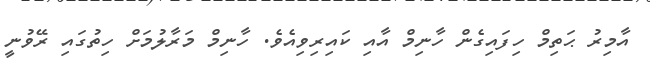
އާމިރު ޙަތިމް ހިފައިގެން ހާނިމް އާއި ކައިރިވިއެވެ. ހާނިމް މަރާލުމަށް ހިތުގައި ރޭވުނީ